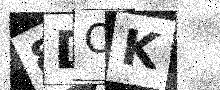
Text: 8DOK